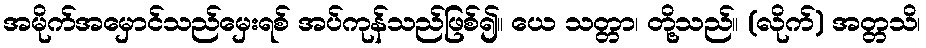
အမိုက်အမှောင်သည်မှေးရစ် အပ်ကုန်သည်ဖြစ်၍။ ယေ သတ္တာ၊ တို့သည်။ (လိုက်) အတ္တသိ၊